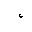
Letter: _hamza